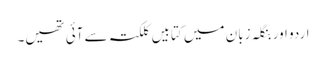
اردو اور بنگلہ زبان میں کتابیں کلکتہ سے آئی تھیں۔